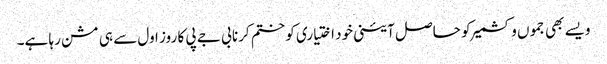
ویسے بھی جموں وکشمیر کو حاصل آئینی خود اختیاری کو ختم کرنا بی جے پی کا روز اول سے ہی مشن رہا ہے۔